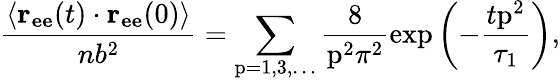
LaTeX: \frac{\langle\mathbf{r_{ee}}(t)\cdot\mathbf{r_{ee}}(0)\rangle}{nb^{2}}=\sum_{\mathrm{p}=1,3,\ldots}\frac{8}{\mathrm{p}^{2}\pi^{2}}\exp\left(-\frac{t\mathrm{p}^{2}}{\tau_{1}}\right),